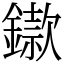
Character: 䥗